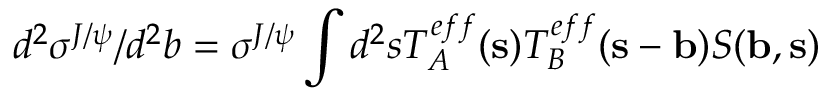
d ^ { 2 } \sigma ^ { J / \psi } / d ^ { 2 } b = \sigma ^ { J / \psi } \int d ^ { 2 } s T _ { A } ^ { e f f } ( { \bf s } ) T _ { B } ^ { e f f } ( { \bf s } - { \bf b } ) S ( { \bf b } , { \bf s } )